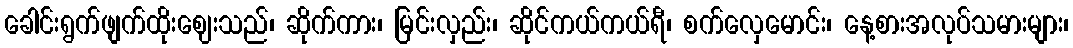
ခေါင်းရွက်ဖျက်ထိုးဈေးသည်၊ ဆိုက်ကား၊ မြင်းလှည်း၊ ဆိုင်ကယ်ကယ်ရီ၊ စက်လှေမောင်း၊ နေ့စားအလုပ်သမားများ၊